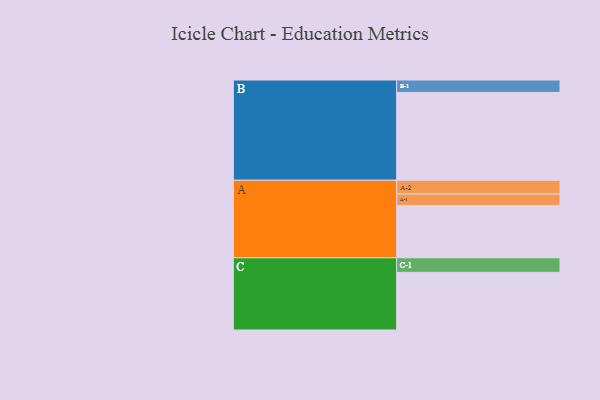
{"axis": {"x": "Segment", "y": "Value"}, "legend": ["", "A", "B", "C"], "data": [{"x": "A", "y": 345, "type": ""}, {"x": "B", "y": 579, "type": ""}, {"x": "C", "y": 380, "type": ""}, {"x": "A-1", "y": 75, "type": "A"}, {"x": "A-2", "y": 91, "type": "A"}, {"x": "B-1", "y": 82, "type": "B"}, {"x": "C-1", "y": 96, "type": "C"}]}